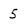
Character: 5